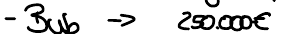
- Bub -> 250.000€